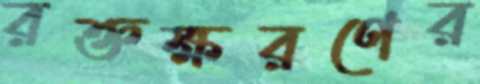
রক্তক্ষরণের